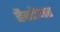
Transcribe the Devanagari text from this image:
हैक्टैयर